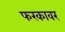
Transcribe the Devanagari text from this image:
फरकावर